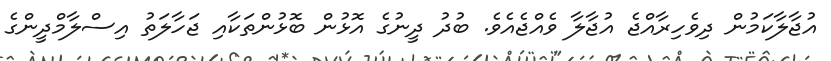
އުޖާލާކަމުން ދިވެހިރާއްޖެ އުޖާލާ ވެއްޖެއެވެ. ބުދު ދީނުގެ އޮޅުން ބޮޅުންތަކާއި ޖަހާލަތު އިސްލާމްދީންގެ